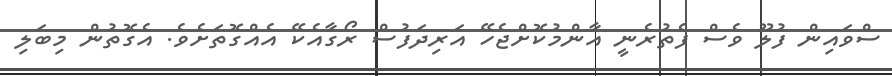
ސްވައިން ފުލޫ ވެސް ފެތުރެނީ އާންމުކޮށްޖެހޭ އަރިދަފުސް ރޯގާއެކޭ އެއްގޮތަށެވެ. އެގޮތުން މިބަލި